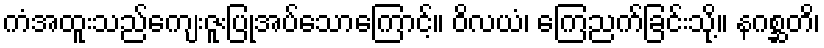
ကံအထူးသည်ကျေးဇူးပြုအပ်သောကြောင့်။ ဝိလယံ၊ ကြေညက်ခြင်းသို့။ နဂစ္ဆတိ၊